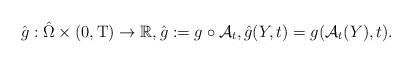
LaTeX: \begin{align*}\hat g :\hat\Omega\times (0, {\rm{T}}) \rightarrow \mathbb{R}, \hat{g}:=g\circ \mathcal{A}_t, \hat{g}(Y, t) = g(\mathcal{A}_t(Y), t).\end{align*}